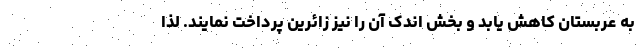
به عربستان کاهش یابد و بخش اندک آن را نیز زائرین پرداخت نمایند. لذا